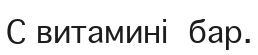
С витамині  бар.